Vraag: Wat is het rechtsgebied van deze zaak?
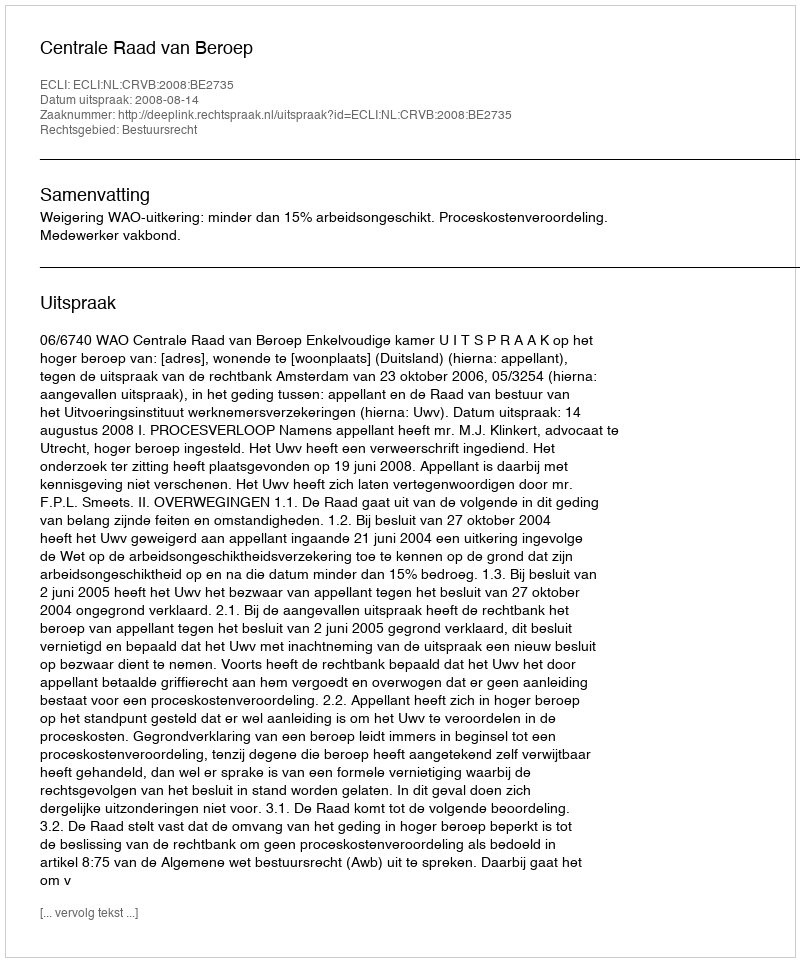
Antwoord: Bestuursrecht